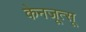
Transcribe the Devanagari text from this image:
केनजूत्सू